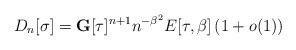
LaTeX: \begin{align*}D_{n}[\sigma]=\mathbf{G}[\tau]^{n+1} n^{-\beta^{2}} E[\tau,\beta] \left( 1+o(1) \right) \end{align*}